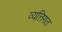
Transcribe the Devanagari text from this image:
व्यत्तिगत